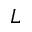
L